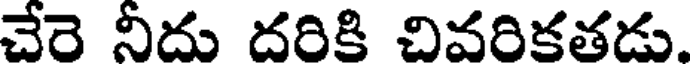
చేరె నీదు దరికి చివరికతడు.